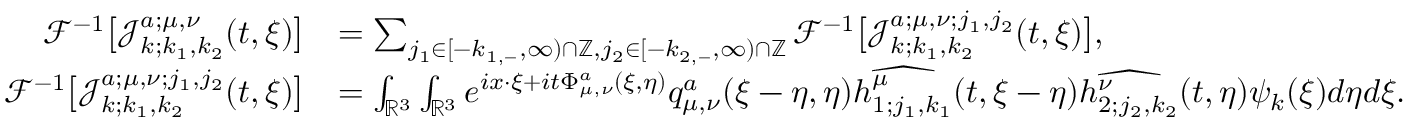
\begin{array} { r l } { \mathcal { F } ^ { - 1 } \big [ \mathcal { J } _ { k ; k _ { 1 } , k _ { 2 } } ^ { a ; \mu , \nu } ( t , \xi ) \big ] } & { = \sum _ { j _ { 1 } \in [ - k _ { 1 , - } , \infty ) \cap \mathbb { Z } , j _ { 2 } \in [ - k _ { 2 , - } , \infty ) \cap \mathbb { Z } } \mathcal { F } ^ { - 1 } \big [ \mathcal { J } _ { k ; k _ { 1 } , k _ { 2 } } ^ { a ; \mu , \nu ; j _ { 1 } , j _ { 2 } } ( t , \xi ) \big ] , } \\ { \mathcal { F } ^ { - 1 } \big [ \mathcal { J } _ { k ; k _ { 1 } , k _ { 2 } } ^ { a ; \mu , \nu ; j _ { 1 } , j _ { 2 } } ( t , \xi ) \big ] } & { = \int _ { \mathbb { R } ^ { 3 } } \int _ { \mathbb { R } ^ { 3 } } e ^ { i x \cdot \xi + i t \Phi _ { \mu , \nu } ^ { a } ( \xi , \eta ) } q _ { \mu , \nu } ^ { a } ( \xi - \eta , \eta ) \widehat { h _ { 1 ; j _ { 1 } , k _ { 1 } } ^ { \mu } } ( t , \xi - \eta ) \widehat { h _ { 2 ; j _ { 2 } , k _ { 2 } } ^ { \nu } } ( t , \eta ) \psi _ { k } ( \xi ) d \eta d \xi . } \end{array}